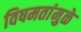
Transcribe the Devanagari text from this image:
विषमतांमुळे